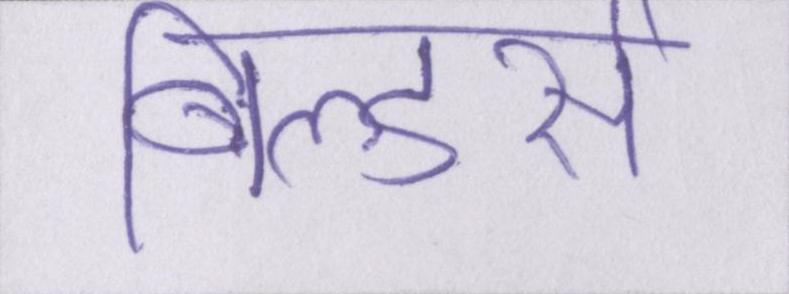
बिल्डर्स